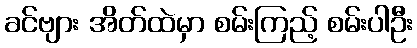
ခင်ဗျား အိတ်ထဲမှာ စမ်းကြည့် စမ်းပါဦး